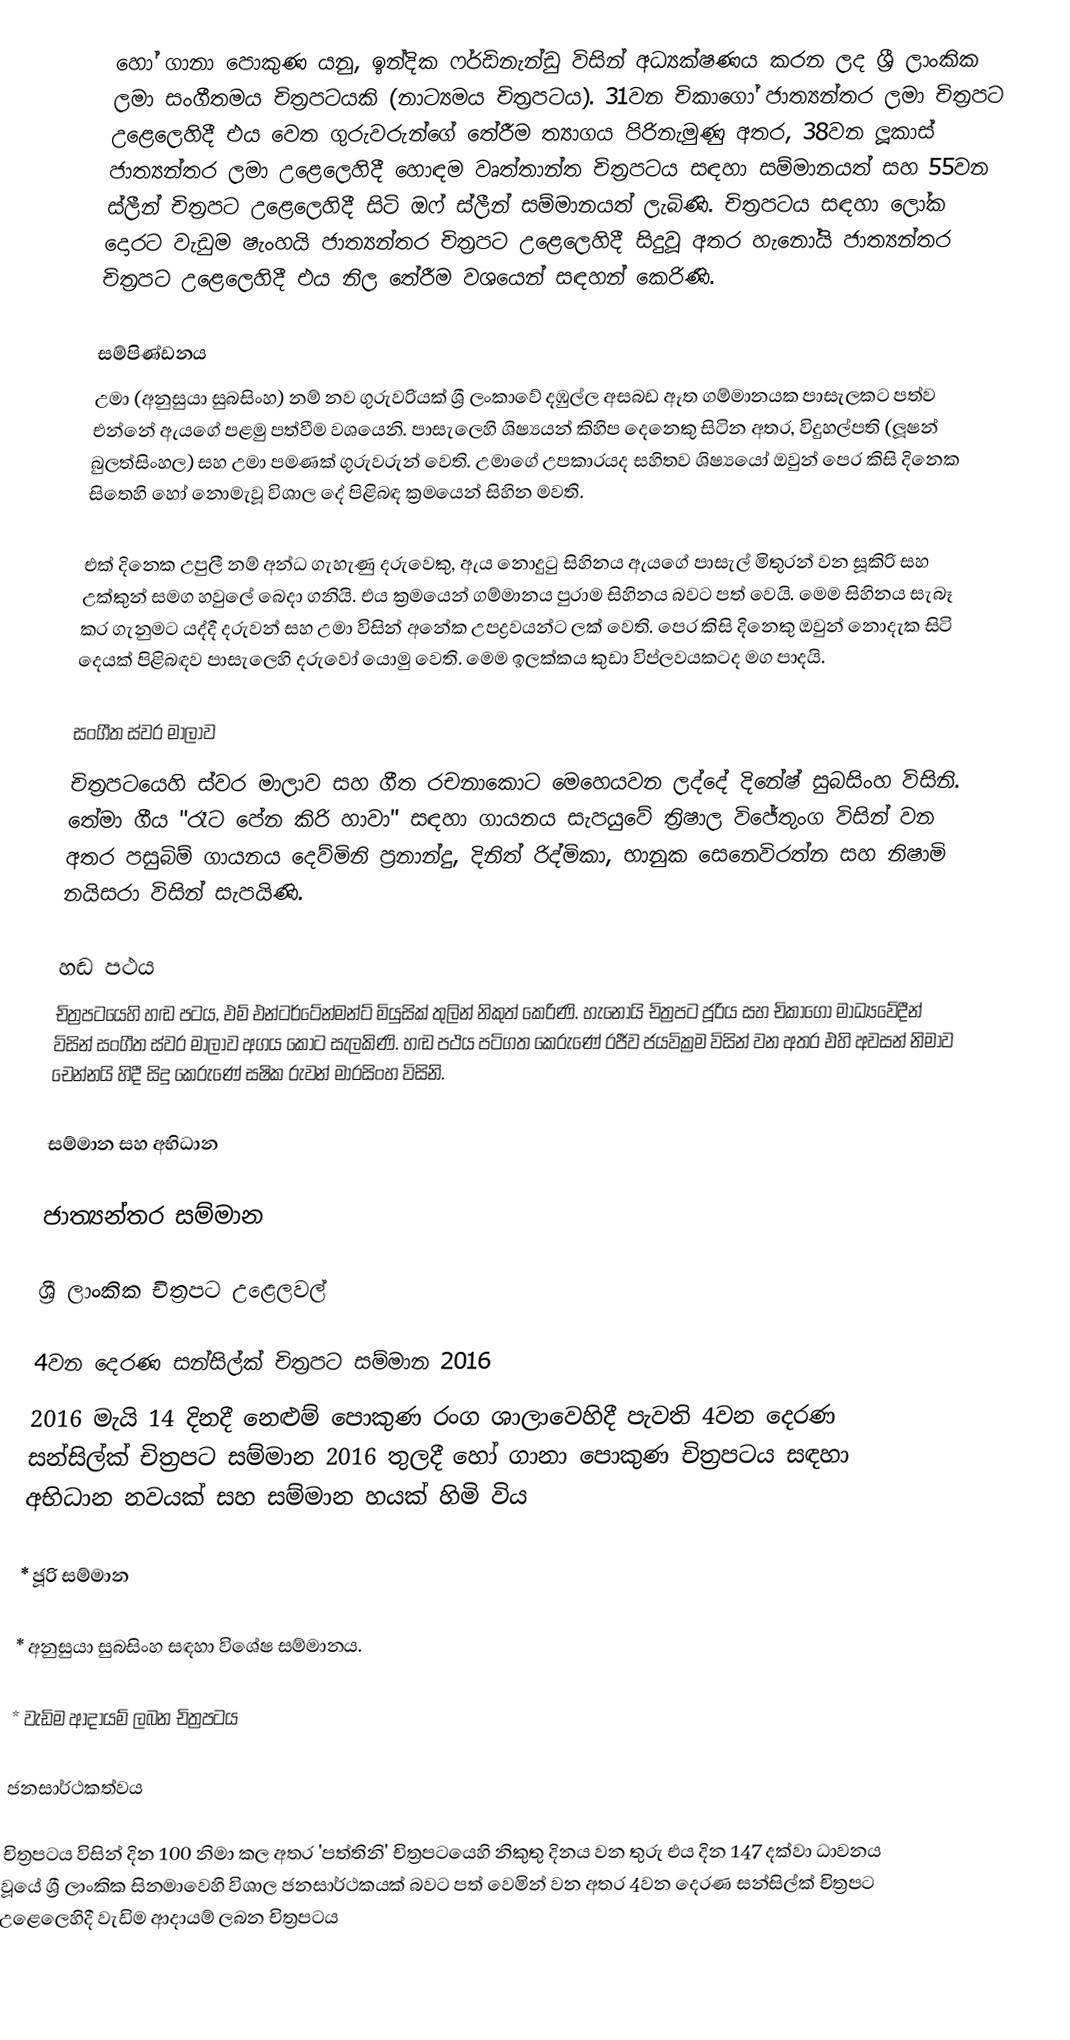
හෝ ගානා පොකුණ යනු,  ඉන්දික ෆර්ඩිනැන්ඩු විසින් අධ්‍යක්ෂණය කරන ලද   ශ්‍රී ලාංකික ලමා සංගීතමය චිත්‍රපටයකි (නාට්‍යමය චිත්‍රපටය).  31වන චිකාගෝ ජාත්‍යන්තර ලමා චිත්‍රපට උළෙලෙහිදී එය වෙත ගුරුවරුන්ගේ තේරීම ත්‍යාගය පිරිනැමුණු අතර, 38වන ලූකාස් ජාත්‍යන්තර ලමා උළෙලෙහිදී හොඳම වෘත්තාන්ත චිත්‍රපටය සඳහා සම්මානයත්  සහ 55වන ස්ලීන් චිත්‍රපට උළෙලෙහිදී සිටි ඔෆ් ස්ලීන් සම්මානයත් ලැබිණි.  චිත්‍රපටය සඳහා ලෝක දොරට වැඩුම ෂැංහයි ජාත්‍යන්තර චිත්‍රපට උළෙලෙහිදී සිදුවූ අතර  හැනෝයි ජාත්‍යන්තර චිත්‍රපට උළෙලෙහිදී එය නිල තේරීම වශයෙන් සඳහන් කෙරිණි.

සම්පිණ්ඩනය
උමා (අනුසුයා සුබසිංහ) නම් නව ගුරුවරියක් ශ්‍රී ලංකාවේ දඹුල්ල අසබඩ ඈත ගම්මානයක  පාසැලකට පත්ව එන්නේ ඇයගේ පළමු පත්වීම වශයෙනි. පාසැලෙහි ශිෂ්‍යයන් කිහිප දෙනෙකු සිටින අතර, විදුහල්පති (ලූෂන් බුලත්සිංහල) සහ උමා පමණක් ගුරුවරුන් වෙති. උමාගේ උපකාරයද සහිතව ශිෂ්‍යයෝ ඔවුන් පෙර කිසි දිනෙක සිතෙහි හෝ නොමැවූ විශාල දේ පිළිබඳ ක්‍රමයෙන් සිහින මවති.

එක් දිනෙක උපුලී නම් අන්ධ ගැහැණු දරුවෙකු, ඇය නොදුටු සිහිනය ඇයගේ පාසැල් මිතුරන් වන සූකිරි සහ උක්කුන් සමග හවුලේ බෙදා ගනියි. එය ක්‍රමයෙන් ගම්මානය පුරාම සිහිනය බවට පත් වෙයි. මෙම සිහිනය සැබෑ කර ගැනුමට යද්දී දරුවන් සහ උමා විසින් අනේක උපද්‍රවයන්ට ලක් වෙති. පෙර කිසි දිනෙකු ඔවුන් නොදැක සිටි දෙයක් පිළිබඳව පාසැලෙහි දරුවෝ යොමු වෙති. මෙම ඉලක්කය කුඩා විප්ලවයකටද මග පාදයි.

සංගීත ස්වර මාලාව
චිත්‍රපටයෙහි ස්වර මාලාව සහ ගීත  රචනාකොට මෙහෙයවන ලද්දේ  දිනේෂ් සුබසිංහ විසිනි.  තේමා ගීය "රෑට පේන කිරි හාවා" සඳහා ගායනය සැපයුවේ ත්‍රිෂාල විජේතුංග විසින් වන අතර පසුබිම් ගායනය  දෙව්මිනි ප්‍රනාන්දු, දිනිත් රිද්මිකා, භානුක සෙනෙවිරත්න සහ නිෂාමි නයිසරා විසින් සැපයිණි.

හඬ පථය
චිත්‍රපටයෙහි හඬ පටය, එම් එන්ටර්ටේන්මන්ට් මියුසික් තුලින් නිකුත් කෙරිණි. හැනෝයි චිත්‍රපට ජූරිය සහ චිකාගෝ මාධ්‍යවේදීන් විසින් සංගීත ස්වර මාලාව අගය කොට සැලකිණි. හඬ  පථය පටිගත කෙරුණේ රජීව ජයවික්‍රම විසින් වන අතර එහි අවසන් නිමාව චෙන්නයි හිදී සිදු කෙරු‍ණේ සෂික රුවන් මාරසිංහ විසිනි.

සම්මාන සහ අභිධාන

ජාත්‍යන්තර සම්මාන

ශ්‍රී ලාංකික චිත්‍රපට උළෙලවල්

4වන දෙරණ සන්සිල්ක් චිත්‍රපට සම්මාන 2016
2016 මැයි 14 දිනදී නෙළුම් පොකුණ රංග ශාලාවෙහිදී පැවති 4වන දෙරණ සන්සිල්ක් චිත්‍රපට සම්මාන 2016 තුලදී හෝ ගානා පොකුණ චිත්‍රපටය සඳහා අභිධාන නවයක් සහ සම්මාන හයක් හිමි විය

* ජූරි සම්මාන

* අනුසුයා සුබසිංහ සඳහා විශේෂ සම්මානය.

* වැඩිම ආදායම් ලබන චිත්‍රපටය

ජනසාර්ථකත්වය

චිත්‍රපටය විසින් දින 100 නිමා කල අතර 'පත්තිනි' චිත්‍රපටයෙහි නිකුතු දිනය වන තුරු එය දින  147 දක්වා ධාවනය වූයේ  ශ්‍රී ලාංකික සිනමාවෙහි විශාල ජනසාර්ථකයක් බවට පත් වෙමින් වන අතර 4වන දෙරණ සන්සිල්ක් චිත්‍රපට උළෙලෙහිදී  වැඩිම ආදායම් ලබන චිත්‍රපටය